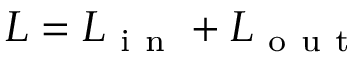
L = L _ { \mathrm { ~ i ~ n ~ } } + L _ { \mathrm { ~ o ~ u ~ t ~ } }